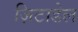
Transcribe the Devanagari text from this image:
ज़िटाडेल